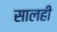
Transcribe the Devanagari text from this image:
सालही